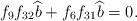
LaTeX: \begin{align*}f_9f_{32}\widehat{b} + f_6f_{31}\widehat{b} &= 0. \end{align*}